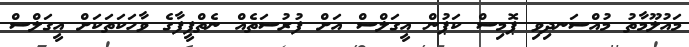
މައުލޫމާތު މުއްސަނދިވި ޕޮމިސް ކަޕުން އީގަލްސް އަށް ފުރުސަތެއް ނެތްފީފާގެ ވާހަކަތަކަށް އީގަލްސް